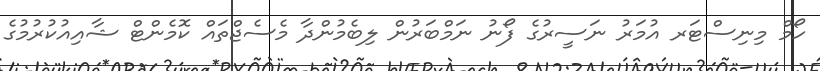
ހޯމް މިނިސްޓަރ އުމަރު ނަސީރުގެ ފޯނު ނަމްބަރުން ލިބެމުންދާ މެސެޖްތައް ކޮމެންޓް ޝާއިއުކުރުމުގެ